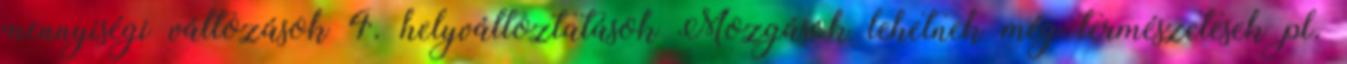
mennyiségi változások 4. helyváltoztatások Mozgások lehetnek még természetesek pl.